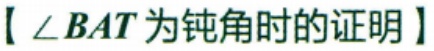
【\(\angle BAT\)为钝角时的证明】